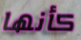
كأنها